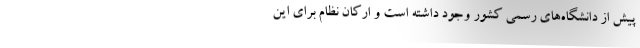
پیش از دانشگاه‌های رسمی کشور وجود داشته است و ارکان نظام برای این